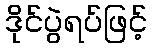
ဒိုင်ပွဲရပ်ဖြင့်